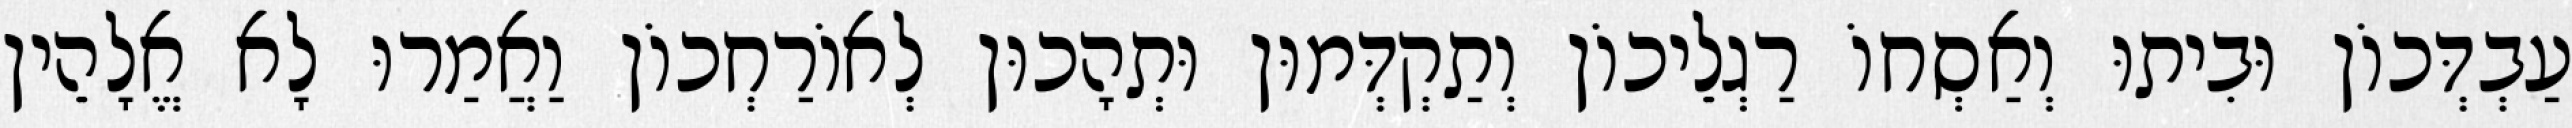
עַבְדְּכוֹן וּבִיתוּ וְאַסְחוֹ רַגְלֵיכוֹן וְתַקְדְּמוּן וּתְהָכוּן לְאוֹרַחְכוֹן וַאֲמַרוּ לָא אֱלָהֵין